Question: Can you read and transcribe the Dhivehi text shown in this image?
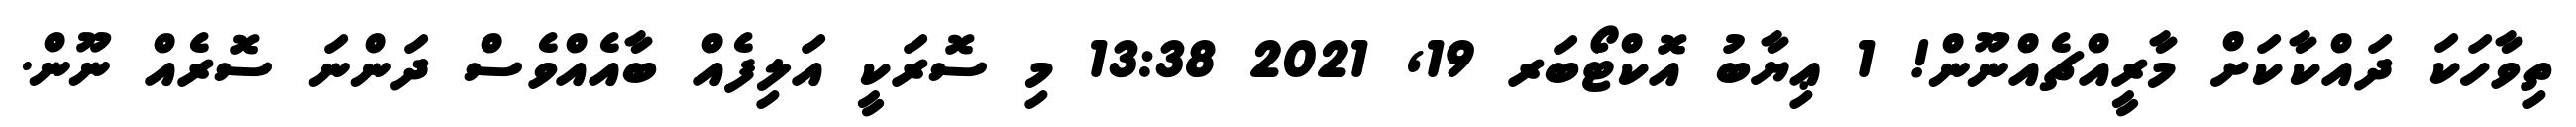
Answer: ތިވާހަކަ ދައްކާކަށް މާރީއްޗެއްނޫން! 1 ޢިޔާބު އޮކްޓޯބަރ 19, 2021 13:38 މި ސޮރަކީ އަލިފެއް ބާއެއްވެސް ދަންނަ ސޮރެއް ނޫން.